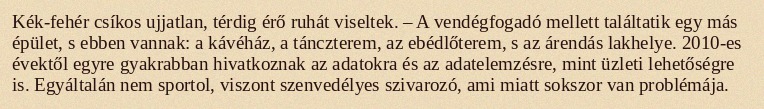
Kék-fehér csíkos ujjatlan, térdig érő ruhát viseltek. – A vendégfogadó mellett találtatik egy más épület, s ebben vannak: a kávéház, a tánczterem, az ebédlőterem, s az árendás lakhelye. 2010-es évektől egyre gyakrabban hivatkoznak az adatokra és az adatelemzésre, mint üzleti lehetőségre is. Egyáltalán nem sportol, viszont szenvedélyes szivarozó, ami miatt sokszor van problémája.